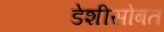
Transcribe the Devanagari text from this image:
डेशीसोबत